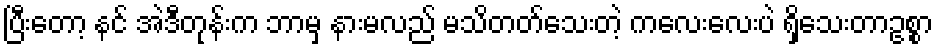
ပြီးတော့ နင် အဲဒီတုန်းက ဘာမှ နားမလည် မသိတတ်သေးတဲ့ ကလေးလေးပဲ ရှိသေးတာဥစ္စာ